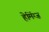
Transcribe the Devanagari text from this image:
हेमिंग्ज़